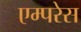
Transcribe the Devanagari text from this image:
एम्परेस